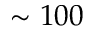
\sim 1 0 0